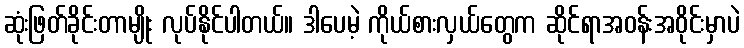
ဆုံးဖြတ်ခိုင်းတာမျိုး လုပ်နိုင်ပါတယ်။ ဒါပေမဲ့ ကိုယ်စားလှယ်တွေက ဆိုင်ရာအဝန်းအဝိုင်းမှာပဲ